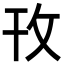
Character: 攼